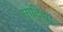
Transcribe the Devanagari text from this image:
सादिद्या